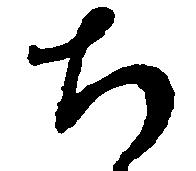
ち